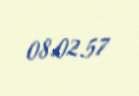
08.02.57